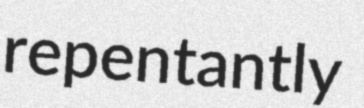
repentantly